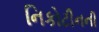
નિકોટીનની